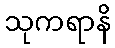
သုကရာနိ